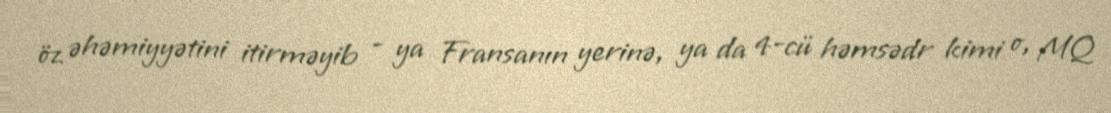
öz əhəmiyyətini itirməyib - ya Fransanın yerinə, ya da 4-cü həmsədr kimi o, MQ